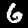
Digit: 6